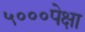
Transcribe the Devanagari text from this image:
५०००पेक्षा